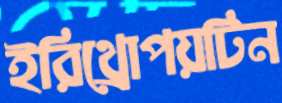
ইরিথ্রোপয়টিন